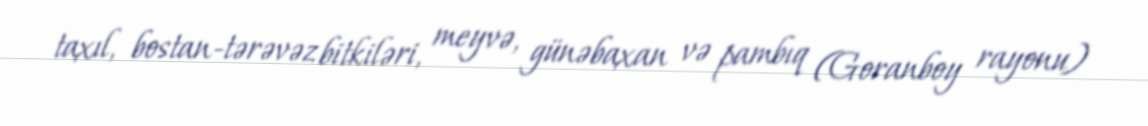
taxıl, bostan-tərəvəz bitkiləri, meyvə, günəbaxan və pambıq (Goranboy rayonu)